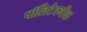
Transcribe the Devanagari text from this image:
पॉलिटेक्‍नीक